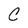
Character: C